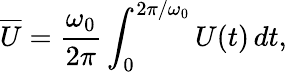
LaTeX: \overline{{U}}=\frac{\omega_{0}}{2\pi}\int_{0}^{2\pi/\omega_{0}}U(t)\, dt,